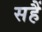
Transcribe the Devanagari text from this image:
सहैं